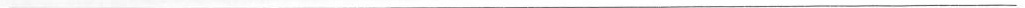
___